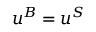
\boldsymbol { u } ^ { B } = \boldsymbol { u } ^ { S }